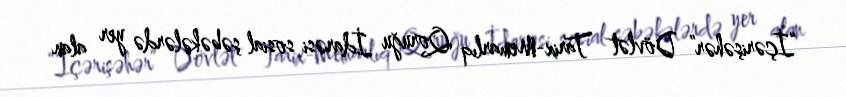
“İçərişəhər” Dövlət Tarix-Memarlıq Qoruğu İdarəsi sosial şəbəkələrdə yer alan